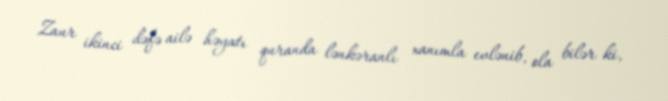
Zaur ikinci dəfə ailə həyatı quranda lənkəranlı xanımla evlənib, ola bilər ki,